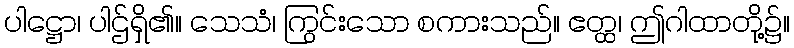
ပါဋ္ဌော၊ ပါဌ်ရှိ၏။ သေသံ၊ ကြွင်းသော စကားသည်။ ဧတ္ထ၊ ဤဂါထာတို့၌။